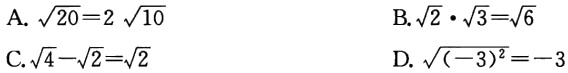
A. $\sqrt{20}=2\sqrt{10}$

B. $\sqrt{2}\cdot\sqrt{3}=\sqrt{6}$

C. $\sqrt{4}-\sqrt{2}=\sqrt{2}$

D. $\sqrt{(-3)^{2}}=-3$